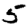
Digit: 5